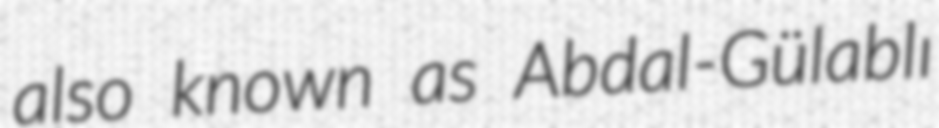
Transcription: also known as Abdal-Gülablı